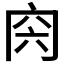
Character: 𠕜